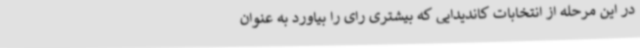
در این مرحله از انتخابات کاندیدایی که بیشتری رای را بیاورد به عنوان